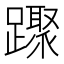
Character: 䠫